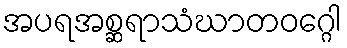
အပရအစ္ဆရာသံဃာတဝဂ္ဂေါ